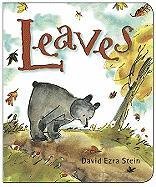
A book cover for Leaves; David Ezra Stein; Children's Books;